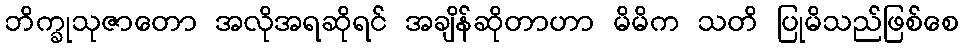
ဘိက္ခုသုဇာတော အလိုအရဆိုရင် အချိန်ဆိုတာဟာ မိမိက သတိ ပြုမိသည်ဖြစ်စေ